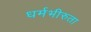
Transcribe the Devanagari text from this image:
धर्मभीरुता